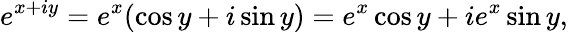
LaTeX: e^{x+iy}=e^{x}(\cos y+i\sin y)=e^{x}\cos y+ie^{x}\sin y,